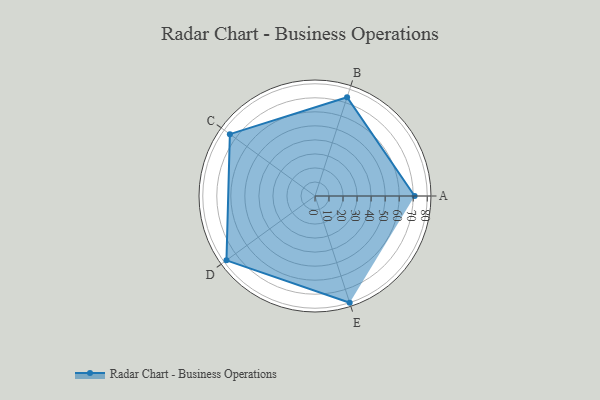
{"axis": {"x": "Skill", "y": "Score"}, "legend": ["Profile"], "data": [{"x": "A", "y": 71.0, "type": "Profile"}, {"x": "B", "y": 74.0, "type": "Profile"}, {"x": "C", "y": 75.0, "type": "Profile"}, {"x": "D", "y": 78.0, "type": "Profile"}, {"x": "E", "y": 80.0, "type": "Profile"}]}